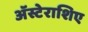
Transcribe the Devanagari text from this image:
अॅस्टेराशिए